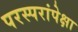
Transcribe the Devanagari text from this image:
परस्परांपेक्षा